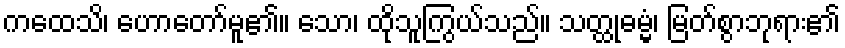
ကထေသိ၊ ဟောတော်မူ၏။ သော၊ ထိုသူကြွယ်သည်။ သတ္ထုဓမ္မံ၊ မြတ်စွာဘုရား၏